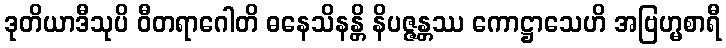
ဒုတိယာဒီသုပိ ဝီတရာဂေါတိ ဓနေသိနန္တိ နိပဇ္ဇန္တဿ ကောဋ္ဌာသေဟိ အဗြဟ္မစာရီ